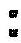
: